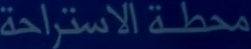
محطة الاستراحة